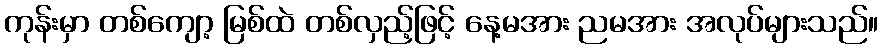
ကုန်းမှာ တစ်ကျော့ မြစ်ထဲ တစ်လှည့်ဖြင့် နေ့မအား ညမအား အလုပ်များသည်။